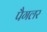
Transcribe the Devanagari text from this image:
पैगलर